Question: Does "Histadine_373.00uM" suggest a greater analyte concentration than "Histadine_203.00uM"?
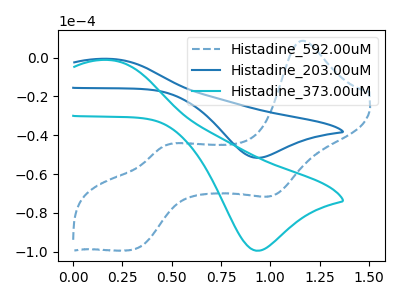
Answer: <think>The blue dashed curve "Histadine_592.00uM" has anodic peaks at (1.15V, 8.70uA) (0.45V, -45.55uA) and cathodic peaks at (1.00V, -70.95uA) (0.30V, -98.90uA). The blue curve "Histadine_203.00uM" has an anodic peak at (0.20V, -0.65uA) and a cathodic peak at (0.95V, -51.65uA). The cyan curve "Histadine_373.00uM" has an anodic peak at (0.20V, -1.30uA) and a cathodic peak at (0.95V, -99.55uA).
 All the peaks in "Histadine_373.00uM" have a peak in "Histadine_203.00uM" at the same potential.</think>
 <answer>I cant tell if "Histadine_373.00uM" or "Histadine_203.00uM" has more signal.</answer>
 <eval>mixed_signal</eval>